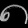
Digit: ၈